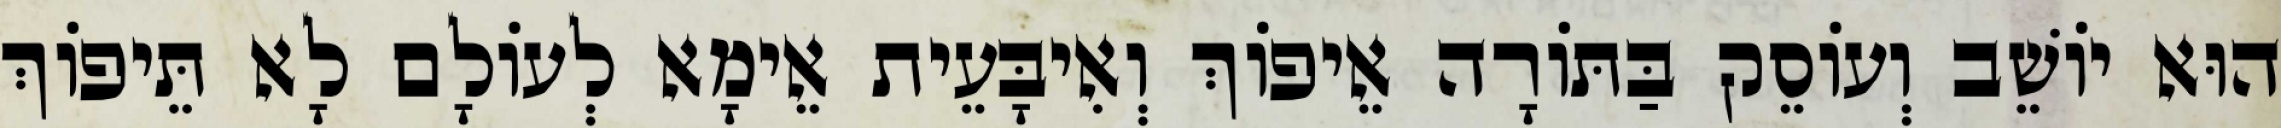
הוּא יוֹשֵׁב וְעוֹסֵק בַּתּוֹרָה אֵיפוֹךְ וְאִיבָּעֵית אֵימָא לְעוֹלָם לָא תֵּיפוֹךְ